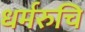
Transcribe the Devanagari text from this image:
धर्मरुचि